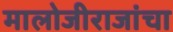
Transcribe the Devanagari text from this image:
मालोजीराजांचा